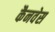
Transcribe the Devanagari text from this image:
कैनवेस